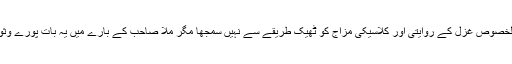
ان پر ایک اعتراض یہ بھی کیا جاتا ہے کہ انہوں نے اردو شاعری بالخصوص غزل کے روایتی اور کلاسیکی مزاج کو ٹھیک طریقے سے نہیں سمجھا مگر ملّا صاحب کے بارے میں یہ بات پورے وثوق سے کہی جا سکتی ہے کہ ان کے ادبی معیارات ان کے اپنے ہیں۔